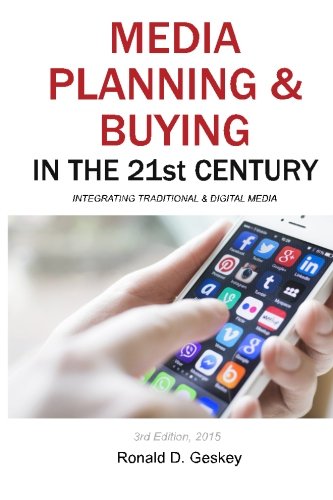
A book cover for Media Planning & Buying in the 21st Century, Third Edition: Integrating Traditional & Digital Media; Mr Ronald D Geskey Sr.; Business & Money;